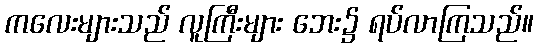
ကလေးများသည် လူကြီးများ ဘေး၌ ရပ်လာကြသည်။